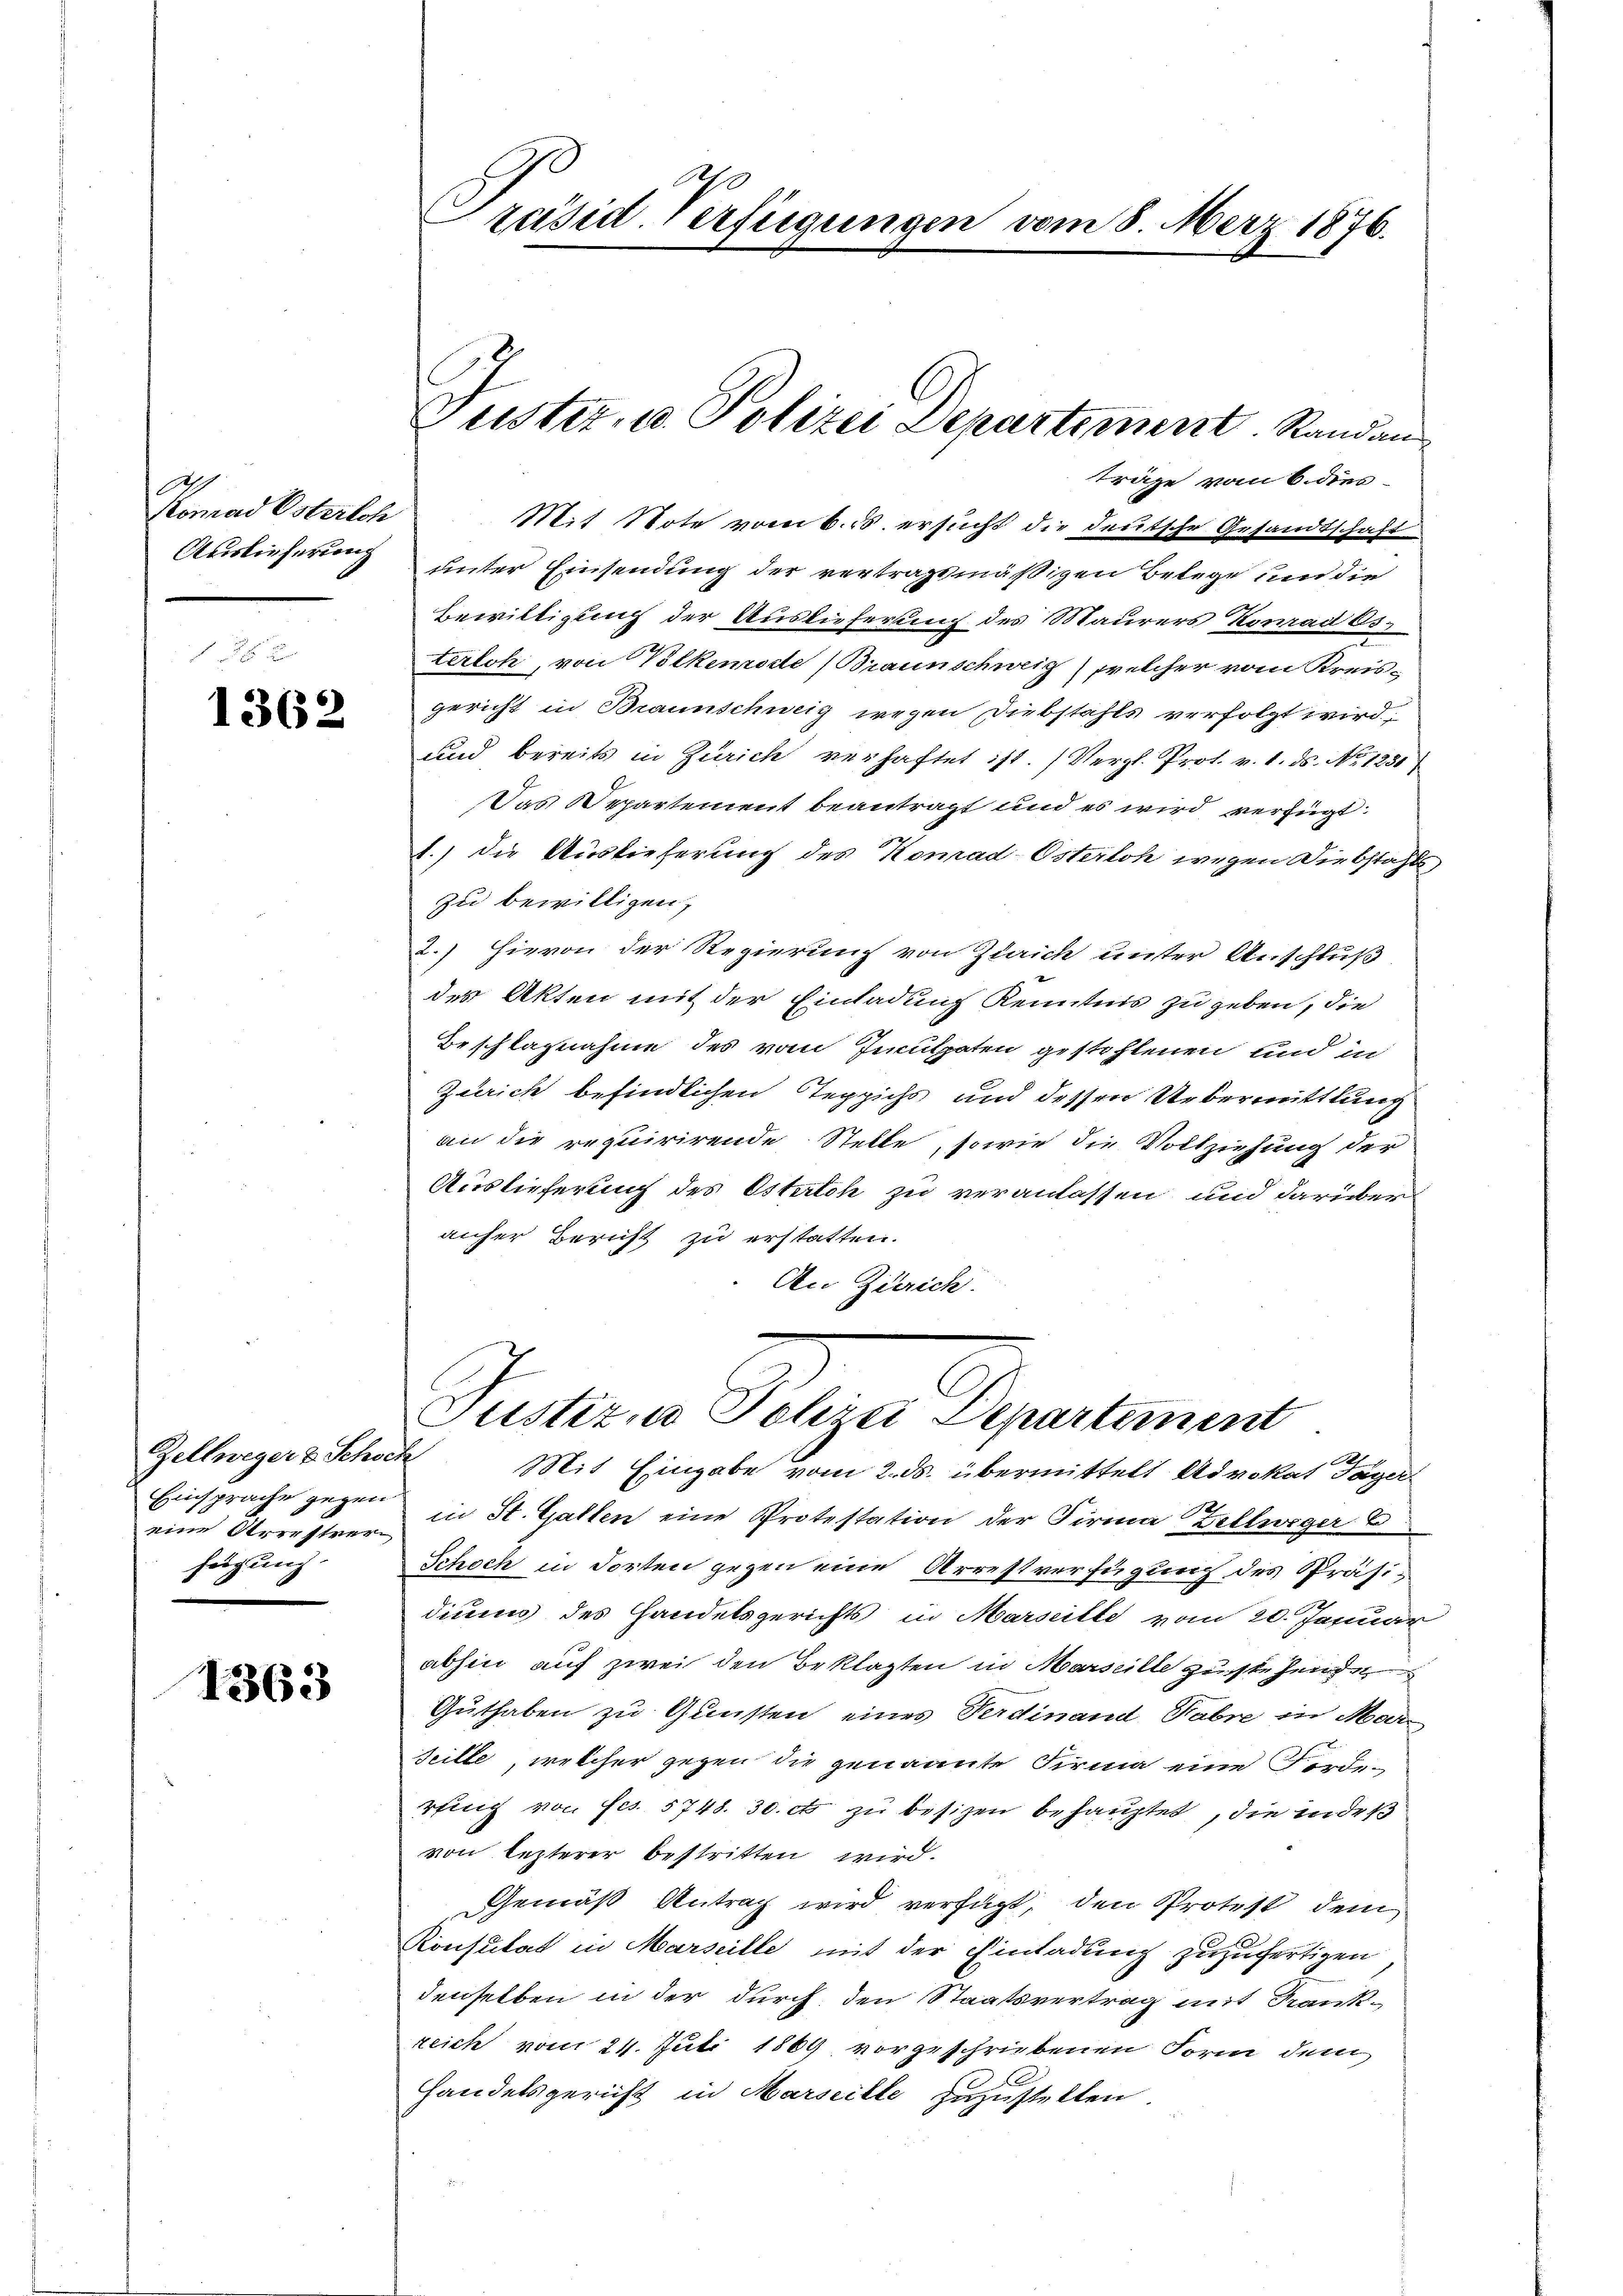
A
Komad Osterloh
Auslieferung

1362

Zellweger & Schoch
eine Arrestrer
feigung.

1363

räsid. Verfügungen vom 8. März 1876.

träge vom 6. dies
Mit Note vom 6. d. ersucht die deutsche Gesandtschaft
unter Einsendung der vertragsmäßigen Belege und die
Bewilligung der Auslieferung des Maurers Konrad Osterlch, von Volkemode (Braunschweiz) welcher vom Kreis-
gericht in Braunschweig wegen Diebstahls verfolgt wird,
und bereits in Zürich verhaftet ist. (Vergl. Prot. v. 1. ds. No 1250)
Das Departement beantragt und es wird verfügt:
1.) die Auslieferung des Komad-Österloh wegen Diebstahls
zu bewilligen,
) Hievon der Regierung von Zürich unter Anschluß
der Akten mit der Einladung Kenntnis zu geben, die
Beschlagnahme des vom Inculpaten gestehlenen und in
Zürich befindlichen Teppichs und dessen Uebermittlung
an die requirirende Stelle, sowie die Vollziehung der
Auslieferung des Osterth zu veranlassen und darüber
anher Bericht zu erstatten.
An Zürich.

Juster, u. Polizei Departement. Standan

C
Justizio Polizei Departement
Mit Eingabe vom 2. ds. übermittelt Advokat Tager

Einsprache gegen in St. Gallen eine Protestation der Firma Zellweger 6
Schoch in dorten gegen eine Arrestverfügung des Präsidiums des Handelsgerichts in Marseitte vom 20. Januar
abhin auf zwei den Beklagten in Marseille zustehende
Guthaben zu Gunsten eines Verdinand Sabre in Marseille, welcher gegen die genannte Firma eine Ferdirfing von fes. 5748. 30. ct zu besizen behauptet, die indeß
von lezterer bestritten wird.
Gemäß Antrag wird verfügt, den Protest dem
Konsulat in Marseille mit der Einladung zuzufertigen
denselben in der durch den Staatsvertrag mit Krankreich vom 24. Juli 1869 vorgeschriebenen Form dem
Handelsgericht in Marseille zuzustellen.